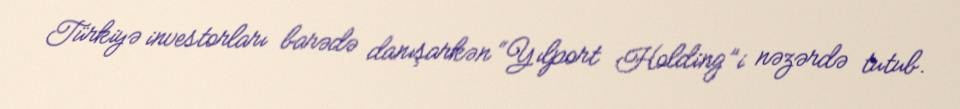
Türkiyə investorları barədə danışarkən “Yılport Holding”i nəzərdə tutub.